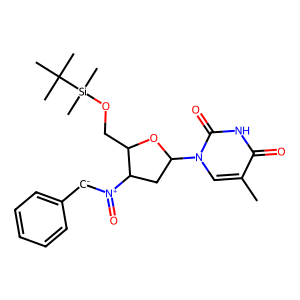
SMILES: Cc1cn(C2CC([N+](=O)[CH-]c3ccccc3)C(CO[Si](C)(C)C(C)(C)C)O2)c(=O)[nH]c1=O
Inhibits HIV replication: No